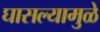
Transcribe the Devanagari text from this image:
घासल्यामुळे